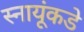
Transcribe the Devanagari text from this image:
स्नायूंकडे